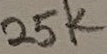
Text: 25K